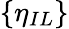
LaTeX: \{ \eta_{IL}\}